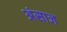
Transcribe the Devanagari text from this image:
अंसाज